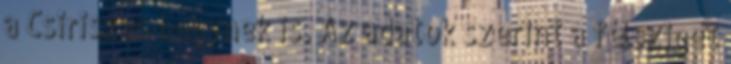
a Csiriszan hegynek is. Az adatok szerint a félsziget